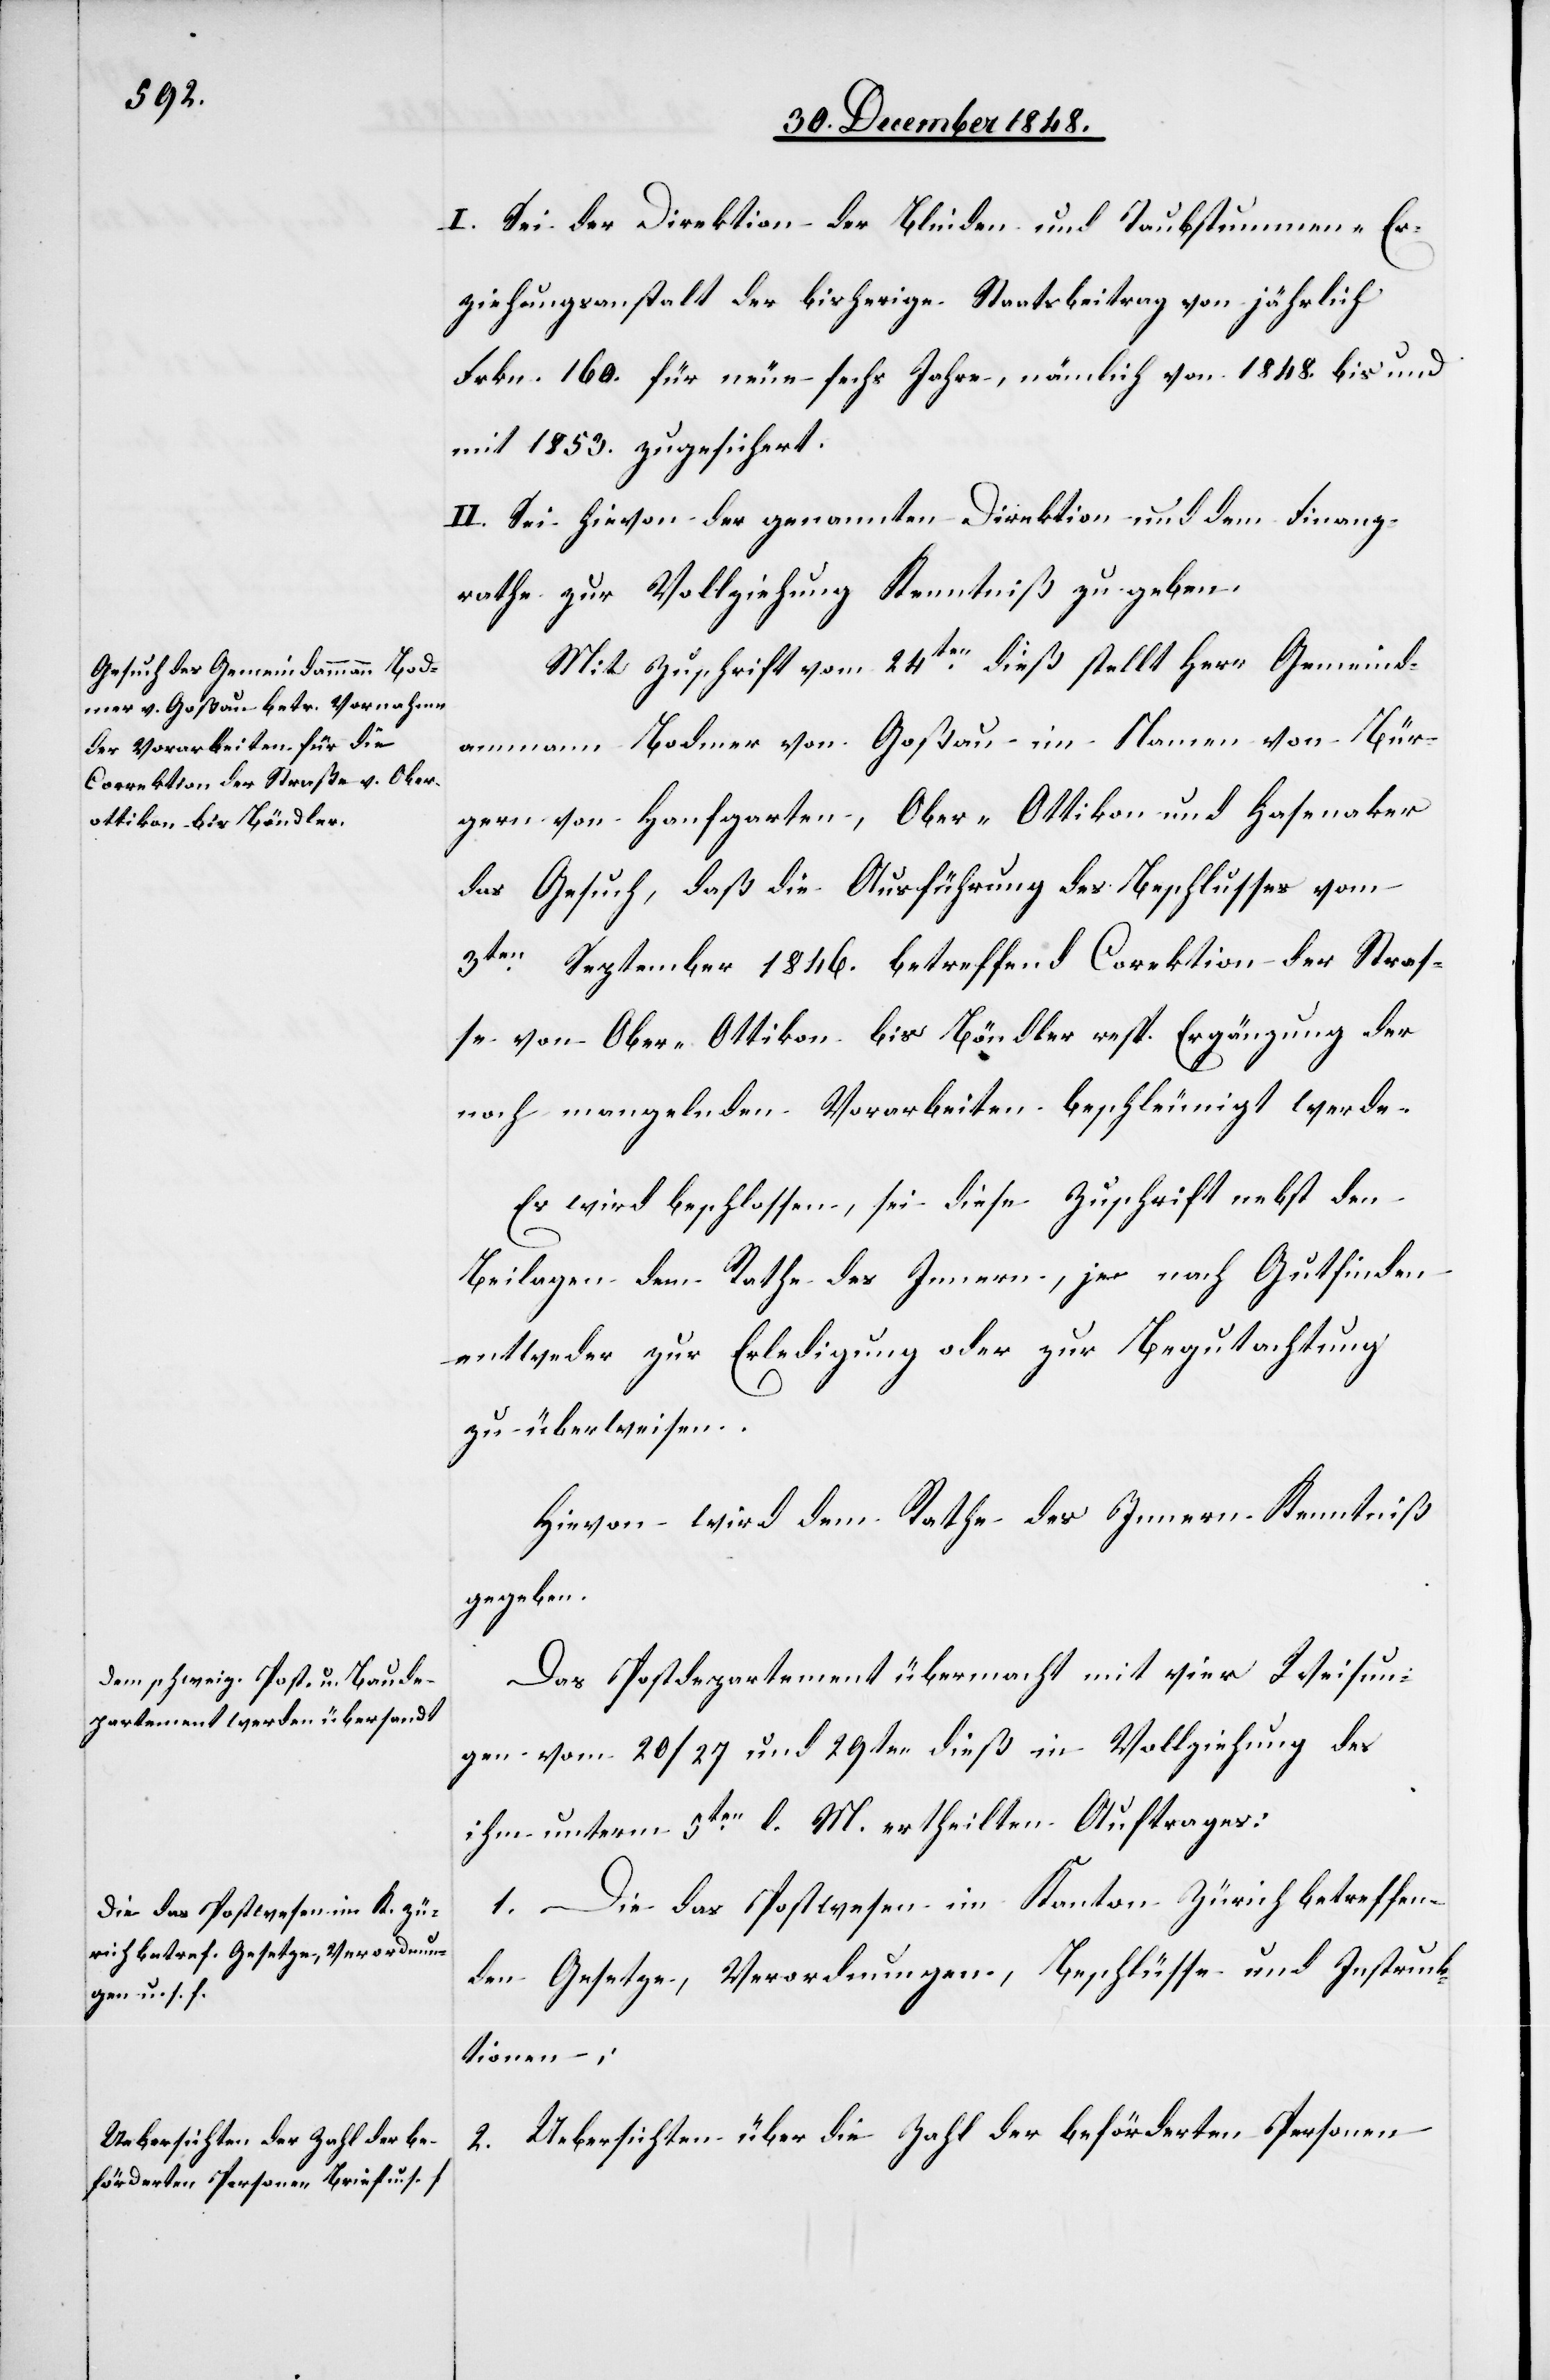
I. Sei der Direktion der Blinden- und Taubstummen-Er¬
ziehungsanstalt der bisherige Staatsbeitrag von jährlich
Frkn. 160. für neue sechs Jahre, nämlich von 1848. bis und
mit 1853. zugesichert.
II. Sei hievon der genannten Direktion und dem Finanz¬
rathe zur Vollziehung Kenntniß zu geben.
Mit Zuschrift vom 24ten dieß stellt Herr Gemeind¬
ammann Bodmer von Goßau im Namen von Bür¬
gern von Hanfgarten, Ober-Ottikon und Hasenaker
das Gesuch, daß die Ausführung des Beschlusses vom
3ten September 1846. betreffend Correktion der Stras¬
se von Ober-Ottikon bis Böndler resp. Ergänzung der
noch mangelnden Vorarbeiten beschleunigt werde.
Es wird beschlossen, sei diese Zuschrift nebst den
Beilagen dem Rathe des Innern, je nach Gutfinden
entweder zur Erledigung oder zur Begutachtung
zu überweisen.
Hievon wird dem Rathe des Innern Kenntniß
gegeben.
Das Postdepartement übermacht mit vier Weisun¬
gen vom 20/27 und 29ten dieß in Vollziehung des
ihm unterm 5ten l. M. ertheilten Auftrages:
1. Die das Postwesen im Kanton Zürich betreffen¬
den Gesetze, Verordnungen, Beschlüsse und Instruk¬
tionen.
2. Uebersichten über die Zahl der beförderten Personen